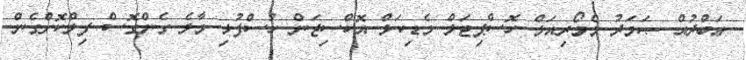
ޢަބްދުއް ޞަމަދު މެމޯރިއަލް ހޮސްޕިޓަލް މެޑިކަލް އޮކްސިޖަން ހުސްފުޅި މާލެ ގެންގޮސް ފިލްކޮށްގެން